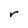
Character: r